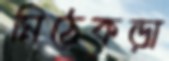
মিঠেকড়া